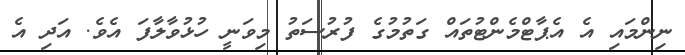
ނިންމައި އެ އެޕާޓްމެންޓުތައް ގަތުމުގެ ފުރުސަތު މިވަނީ ހުޅުވާލާފަ އެވެ. އަދި އެ